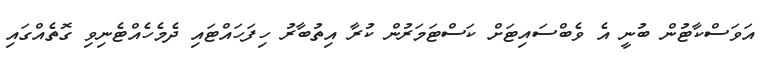
އަވަސްކާޓުން ބުނީ އެ ވެބްސައިޓަށް ކަސްޓަމަރުން ކުރާ އިތުބާރު ހިފަހައްޓައި ދެމެހެއްޓެނިވި ގޮތެއްގައި